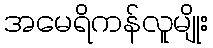
အမေရိကန်လူမျိုး